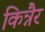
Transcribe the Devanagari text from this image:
किन्नैर